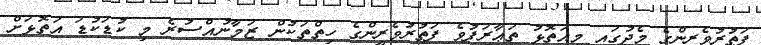
ފަތުރުވެރީންގެ މެދުގައި މިއަތޮޅު ތަޢާރަފުވެ ފަތުރުވެރީންގެ ހިތްތަކުން ޒަމާނުއްސުރެ މި ކުޑަކުޑަ އަތޮޅަށް